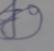
Signature authenticity: forged